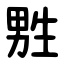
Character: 㽒